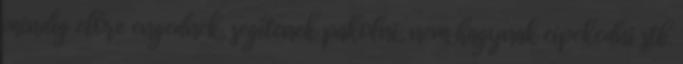
mindig előre engednek, segítenek pakolni, nem hagynak cipekedni stb.